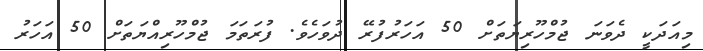
މިއަދަކީ ދެވަނަ ޖުމްހޫރިޔަތަށް 50 އަހަރުފުރޭ ދުވަހެވެ. ފުރަތަމަ ޖުމްހޫރިއްޔަތަށް 50 އަހަރު